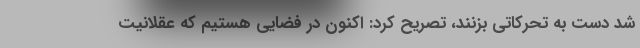
شد دست به تحرکاتی بزنند، تصریح کرد: اکنون در فضایی هستیم که عقلانیت